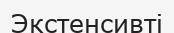
Экстенсивті